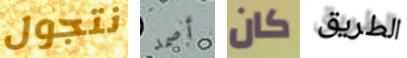
نتجول أصمد كان الطريق